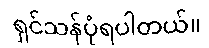
ရှင်သန်ပုံရပါတယ်။